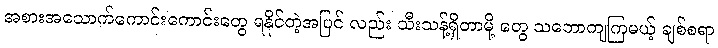
အစားအသောက်ကောင်းကောင်းတွေ ရနိုင်တဲ့အပြင် လည်း သီးသန့်ရှိတာမို့ တွေ သဘောကျကြမယ့် ချစ်စရာ